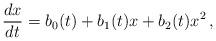
LaTeX: \begin{align*}\frac{dx}{dt} = b_0(t) + b_1(t) x + b_2(t) x^2 \, ,\end{align*}